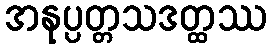
အနုပ္ပတ္တသဒတ္ထဿ